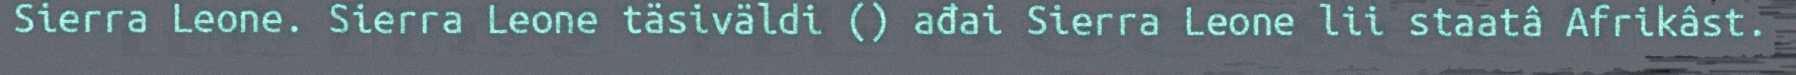
Sierra Leone. Sierra Leone täsiväldi () ađai Sierra Leone lii staatâ Afrikâst.